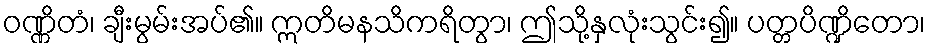
ဝဏ္ဏိတံ၊ ချီးမွမ်းအပ်၏။ ဣတိမနသိကရိတွာ၊ ဤသို့နှလုံးသွင်း၍။ ပတ္တပိဏ္ဍိတော၊